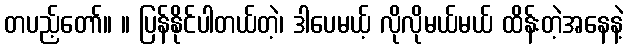
တပည့်တော်။ ။ ပြန်နိုင်ပါတယ်တဲ့၊ ဒါပေမယ့် လိုလိုမယ်မယ် ထိန်းတဲ့အနေနဲ့